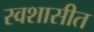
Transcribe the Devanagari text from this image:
स्वशासीत